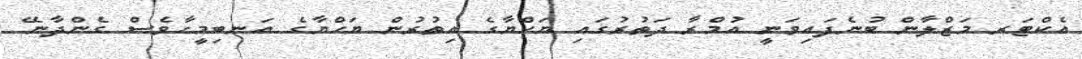
އެކްޓަރ މަޒްލާން ބުނެފައިވަނީ އުމްރާ ދަތުރުގައި ޔަހްޔާގެ އިތުރުން ޔަހްޔާގެ އަނބިމީހާވެސް ގެންދާނޭ